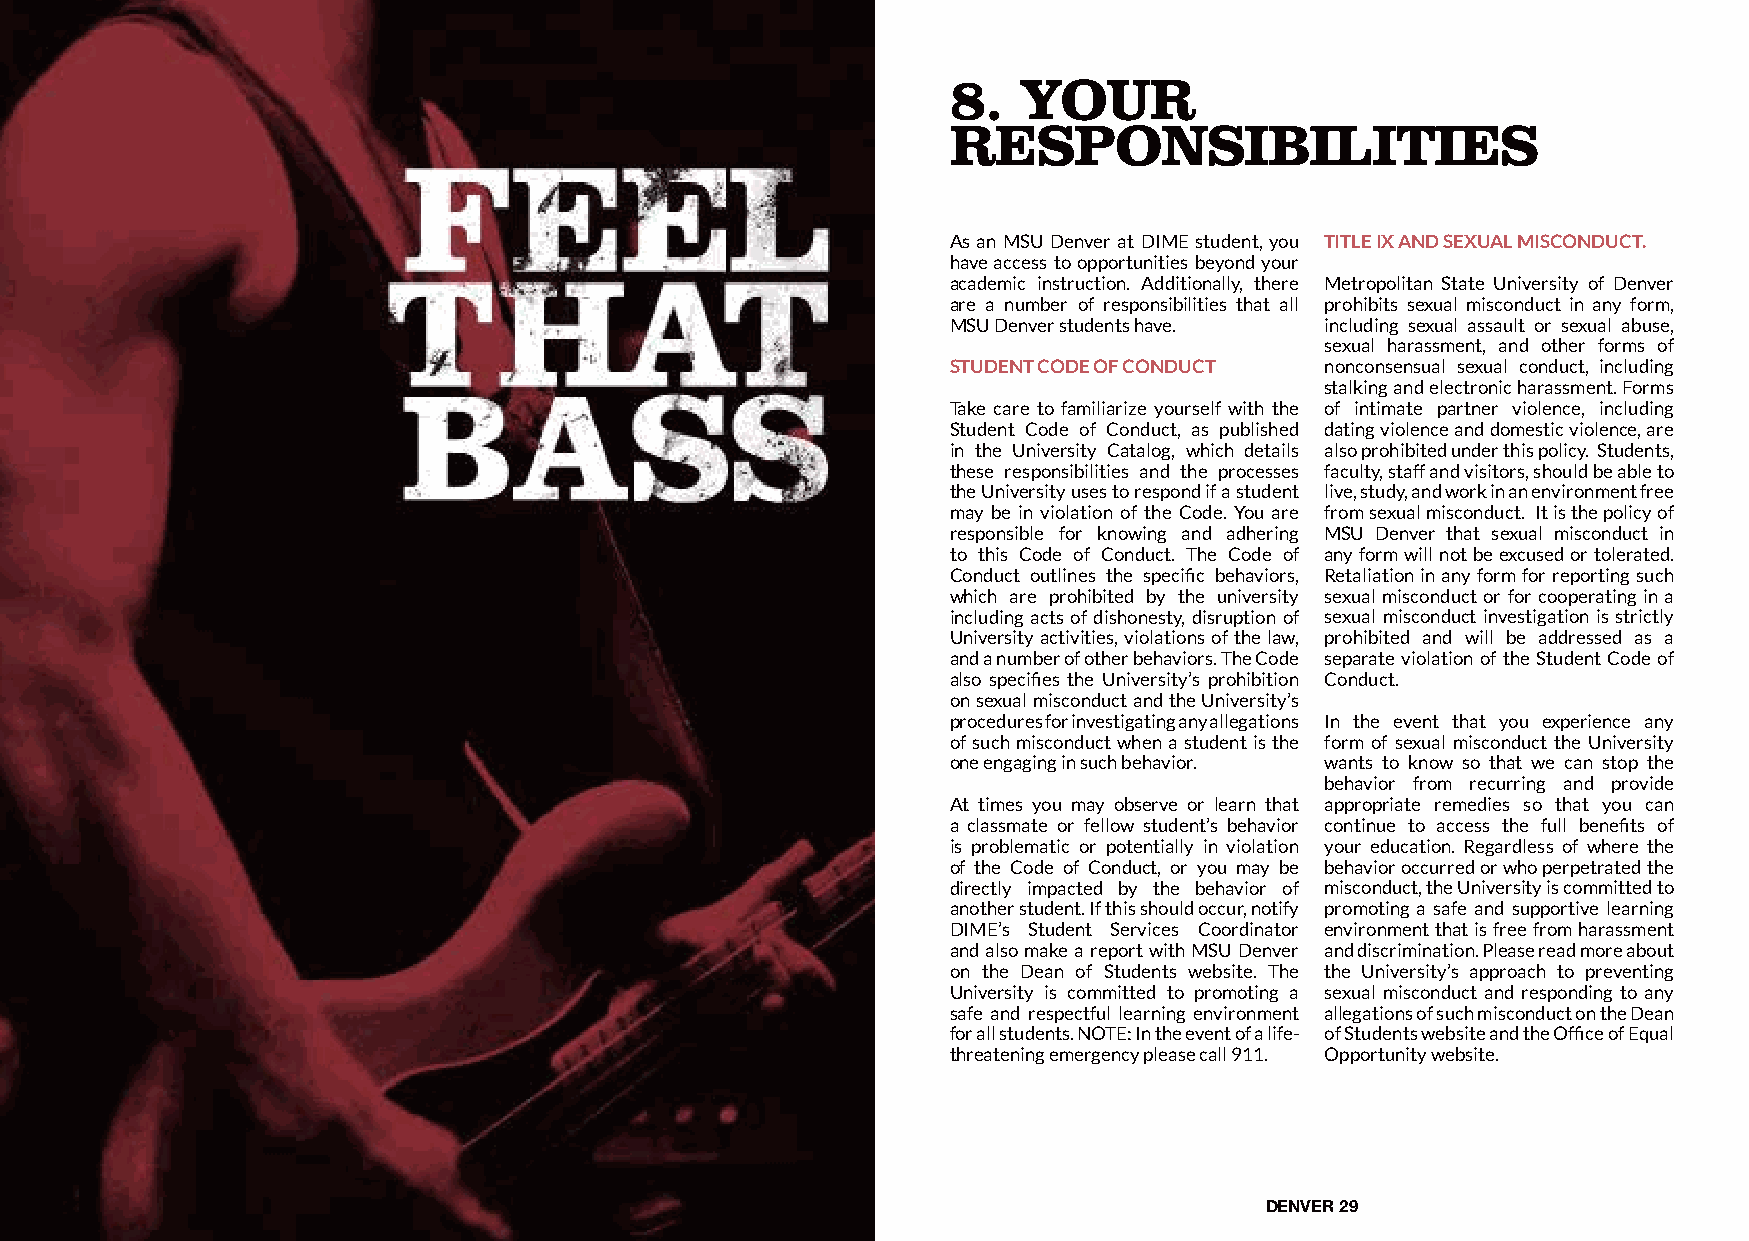
8.  YOUR
 RESPONSIBILITIES
 As an MSU Denver at DIME student, you TITLE IX AND SEXUAL MISCONDUCT.
 have access to opportunities beyond your
 academic instruction. Additionally, there Metropolitan State University of Denver
 are a number of responsibilities that all prohibits sexual misconduct in any form,
 MSU Denver students have. including sexual assault or sexual abuse,
 sexual harassment, and other forms of
 STUDENT CODE OF CONDUCT  nonconsensual sexual conduct, including
 stalking and electronic harassment. Forms
 Take care to familiarize yourself with the of intimate partner violence, including
 Student Code of Conduct, as published dating violence and domestic violence, are
 in the University Catalog, which details also prohibited under this policy. Students,
 these responsibilities and the processes faculty, staff and visitors, should be able to
 the University uses to respond if a student live, study, and work in an environment free
 may be in violation of the Code. You are from sexual misconduct. It is the policy of
 responsible for knowing and adhering MSU Denver that sexual misconduct in
 to this Code of Conduct. The Code of any form will not be excused or tolerated.
 Conduct outlines the specific behaviors, Retaliation in any form for reporting such
 which are prohibited by the university sexual misconduct or for cooperating in a
 including acts of dishonesty, disruption of sexual misconduct investigation is strictly
 University activities, violations of the law, prohibited and will be addressed as a
 and a number of other behaviors. The Code separate violation of the Student Code of
 also specifies the University’s prohibition Conduct.
 on sexual misconduct and the University’s
 procedures for investigating any allegations In the event that you experience any
 of such misconduct when a student is the form of sexual misconduct the University
 one engaging in such behavior. wants to know so that we can stop the
 behavior from recurring and provide
 At times you may observe or learn that appropriate remedies so that you can
 a classmate or fellow student’s behavior continue to access the full benefits of
 is problematic or potentially in violation your education. Regardless of where the
 of the Code of Conduct, or you may be behavior occurred or who perpetrated the
 directly impacted by the behavior of misconduct, the University is committed to
 another student. If this should occur, notify promoting a safe and supportive learning
 DIME’s Student Services Coordinator environment that is free from harassment
 and also make a report with MSU Denver and discrimination. Please read more about
 on the Dean of Students website. The the University’s approach to preventing
 University is committed to promoting a sexual misconduct and responding to any
 safe and respectful learning environment allegations of such misconduct on the Dean
 for all students. NOTE: In the event of a life- of Students website and the Office of Equal
 threatening emergency please call 911. Opportunity website.
 DENVER 29